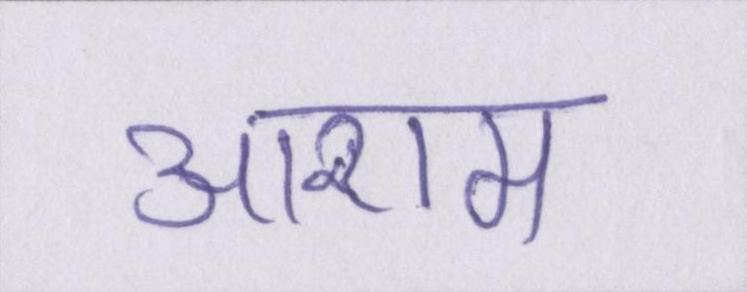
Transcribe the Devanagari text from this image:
आराम